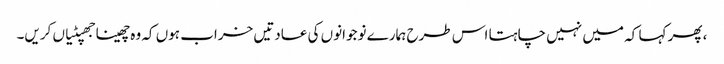
، پھر کہا کہ میں نہیں چاہتا اس طرح ہمارے نوجوانوں کی عادتیں خراب ہوں کہ وہ چھینا جھپٹیاں کریں۔